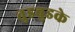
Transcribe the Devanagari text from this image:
तुडबुडके